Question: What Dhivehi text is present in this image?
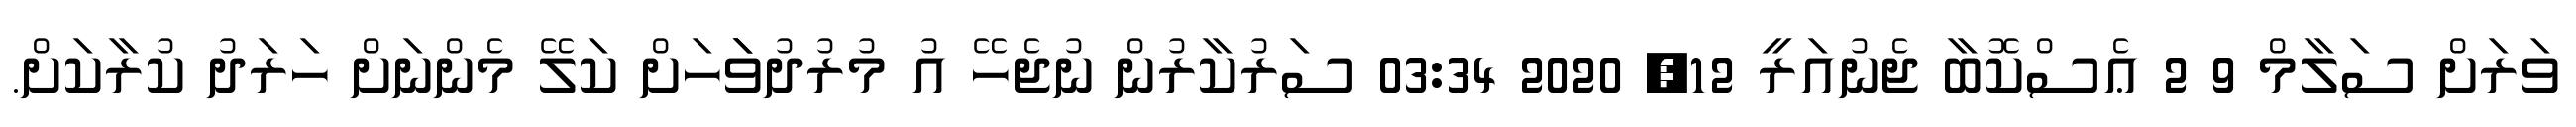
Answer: ވަރަށް ސަލާމް 9 2 ޢެސްކޮބާ ޖެނުއަރީ 12, 2020 03:34 ސަރުކާރުން ނުޖެހޭ އު މުރުދުވަަހަށް ކަލޭ މެންނަށް ހަރަދު ކުރާކަށް.